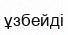
ұзбейді